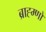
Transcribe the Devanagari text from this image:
ब्राह्म्णों